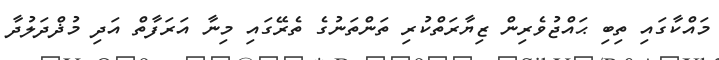
މައްކާގައި ތިބި ޙައްޖުވެރިން ޒިޔާރަތްކުރި ތަންތަނުގެ ތެރޭގައި މިނާ އަރަފާތް އަދި މުޛްދަލުދާ